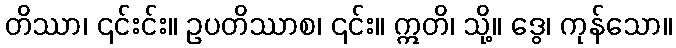
တိဿာ၊ ၎င်းင်း။ ဥပတိဿာစ၊ ၎င်း။ ဣတိ၊ သို့။ ဒွေ၊ ကုန်သော။